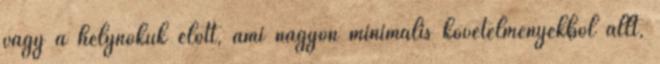
vagy a helynökük előtt, ami nagyon minimális követelményekből állt,